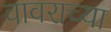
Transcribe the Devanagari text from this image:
वावराच्या